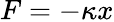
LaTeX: F=-\kappa x